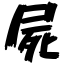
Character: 屍